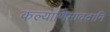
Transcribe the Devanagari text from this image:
कल्याणिमावदानि